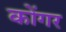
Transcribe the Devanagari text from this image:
कोंगर